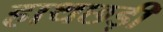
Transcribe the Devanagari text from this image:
हाथछड़ी